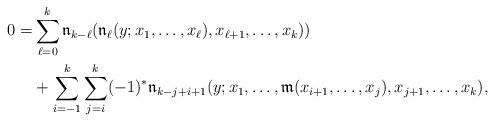
LaTeX: \begin{align*}\aligned0= &\sum_{\ell=0}^{k} \frak n_{k-\ell}(\frak n_{\ell}(y;x_1,\dots,x_{\ell}), x_{\ell+1},\dots,x_k))\\&+\sum_{i=-1}^{k}\sum_{j=i}^{k} (-1)^*\frak n_{k-j+i+1}(y;x_1,\dots,\frak m(x_{i+1},\dots,x_j),x_{j+1},\dots,x_k),\endaligned\end{align*}